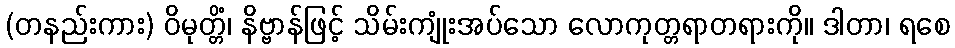
(တနည်းကား) ဝိမုတ္တိံ၊ နိဗ္ဗာန်ဖြင့် သိမ်းကျုံးအပ်သော လောကုတ္တရာတရားကို။ ဒါတာ၊ ရစေ